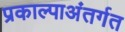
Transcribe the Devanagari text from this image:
प्रकाल्पाअंतर्गत